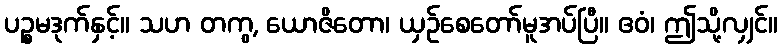
ပဉ္စမဒုက်နှင့်။ သဟ တကွ, ယောဇိတော၊ ယှဉ်စေတော်မူအပ်ပြီ။ ဧဝံ၊ ဤသို့လျှင်။